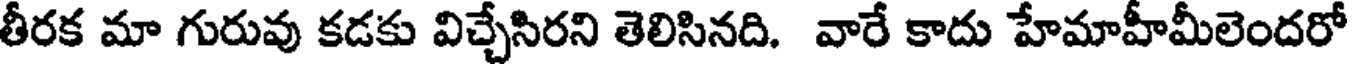
తీరక మా గురువు కడకు విచ్చేసిరని తెలిసినది. వారే కాదు హేమాహీమీలెందరో